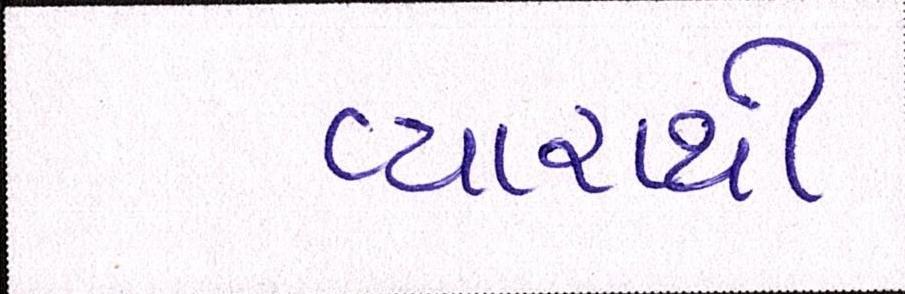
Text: વ્યારાથી